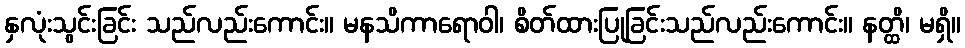
နှလုံးသွင်းခြင်း သည်လည်းကောင်း။ မနသိကာရောဝါ၊ စိတ်ထားပြုခြင်းသည်လည်းကောင်း။ နတ္ထိ၊ မရှိ။